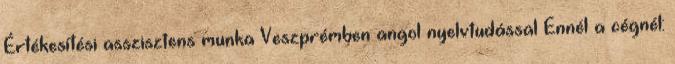
Értékesítési asszisztens munka Veszprémben angol nyelvtudással Ennél a cégnél: